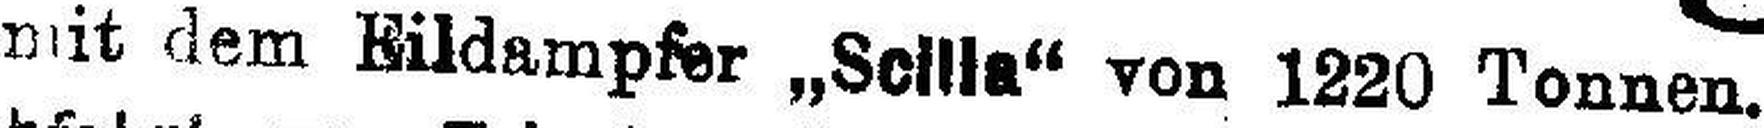
mit dem Bildampfer „Scilla“ von 1220 Tonnen.